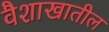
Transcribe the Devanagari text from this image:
वैशाखातील